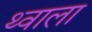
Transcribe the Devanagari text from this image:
थ्वाला